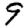
Digit: 9